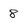
Character: 8